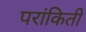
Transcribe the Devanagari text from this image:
परांकिती